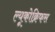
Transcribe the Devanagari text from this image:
ल्यूकोक्रिफस